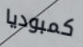
كمبوديا